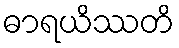
ဓာရယိဿတိ